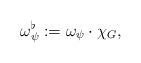
LaTeX: \begin{align*}\omega_\psi^\flat :=\omega_\psi \cdot \chi_G,\end{align*}